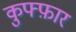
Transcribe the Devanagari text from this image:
कुफ्फ़ार